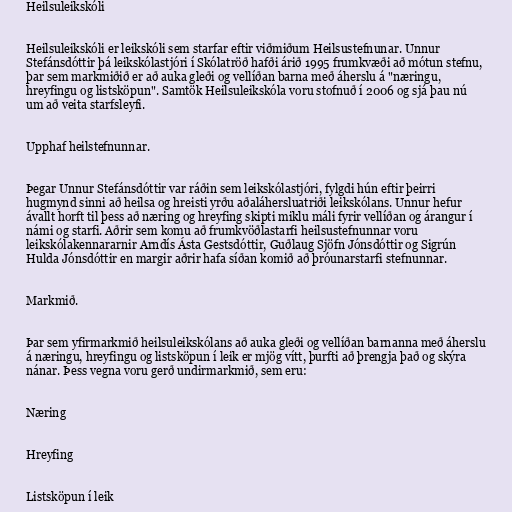
Heilsuleikskóli

Heilsuleikskóli er leikskóli sem starfar eftir viðmiðum Heilsustefnunar. Unnur
Stefánsdóttir þá leikskólastjóri í Skólatröð hafði árið 1995 frumkvæði að mótun stefnu,
þar sem markmiðið er að auka gleði og vellíðan barna með áherslu á "næringu,
hreyfingu og listsköpun". Samtök Heilsuleikskóla voru stofnuð í 2006 og sjá þau nú
um að veita starfsleyfi.

Upphaf heilstefnunnar.

Þegar Unnur Stefánsdóttir var ráðin sem leikskólastjóri, fylgdi hún eftir þeirri
hugmynd sinni að heilsa og hreisti yrðu aðaláhersluatriði leikskólans. Unnur hefur
ávallt horft til þess að næring og hreyfing skipti miklu máli fyrir vellíðan og árangur í
námi og starfi. Aðrir sem komu að frumkvöðlastarfi heilsustefnunnar voru
leikskólakennararnir Arndís Ásta Gestsdóttir, Guðlaug Sjöfn Jónsdóttir og Sigrún
Hulda Jónsdóttir en margir aðrir hafa síðan komið að þróunarstarfi stefnunnar.

Markmið.

Þar sem yfirmarkmið heilsuleikskólans að auka gleði og vellíðan barnanna með áherslu
á næringu, hreyfingu og listsköpun í leik er mjög vítt, þurfti að þrengja það og skýra
nánar. Þess vegna voru gerð undirmarkmið, sem eru:

Næring

Hreyfing

Listsköpun í leik